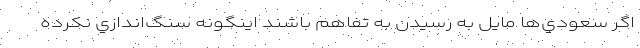
اگر سعودي‌ها مايل به رسيدن به تفاهم باشند اينگونه سنگ‌اندازي نكرده